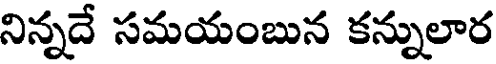
నిన్నదే సమయంబున కన్నులార